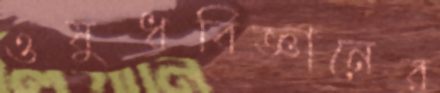
ওষুধবিজ্ঞানের